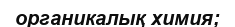
органикалық химия;